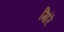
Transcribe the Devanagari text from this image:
मिरिं